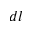
d l